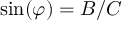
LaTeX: { } \quad \quad \sin ( \varphi ) = B / C